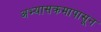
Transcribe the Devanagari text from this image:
अभ्यासक्रमापासून